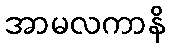
အာမလကာနိ